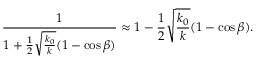
\frac { 1 } { 1 + \frac { 1 } { 2 } \sqrt { \frac { k _ { 0 } } { k } } ( 1 - \cos \beta ) } \approx 1 - \frac { 1 } { 2 } \sqrt { \frac { k _ { 0 } } { k } } ( 1 - \cos \beta ) .